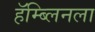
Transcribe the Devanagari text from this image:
हॅम्ब्लिनला